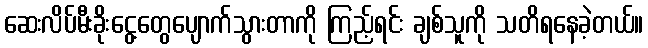
ဆေးလိပ်မီးခိုးငွေ့တွေပျောက်သွားတာကို ကြည့်ရင်း ချစ်သူကို သတိရနေခဲ့တယ်။